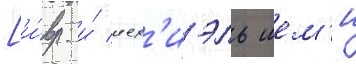
[и́вр. и́ иех'иэль шем'и